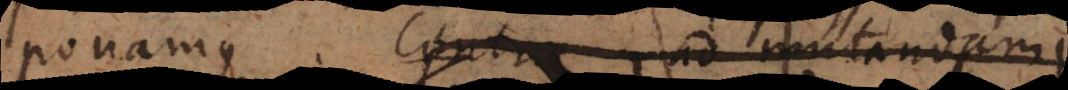
ponamus. Contra ad mutandam